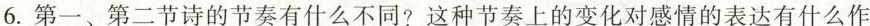
6. 第一、第二节诗的节奏有什么不同?这种节奏上的变化对感情的表达有什么作